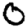
Digit: 0